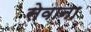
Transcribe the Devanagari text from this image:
सेवाना